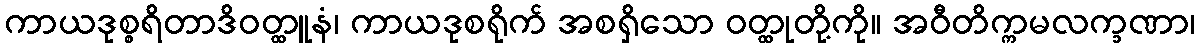
ကာယဒုစ္စရိတာဒိဝတ္ထူနံ၊ ကာယဒုစရိုက် အစရှိသော ဝတ္ထုတို့ကို။ အဝီတိက္ကမလက္ခဏာ၊